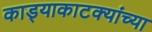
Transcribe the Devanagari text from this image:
काड्याकाटक्यांच्या